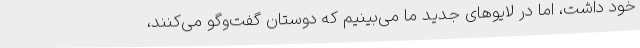
خود داشت، اما در لایوهای جدید ما می‌بینیم که دوستان گفت‌وگو می‌کنند،